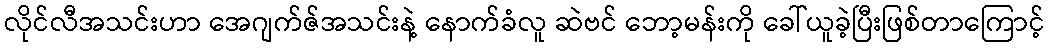
လိုင်လီအသင်းဟာ အေဂျက်ဇ်အသင်းနဲ့ နောက်ခံလူ ဆဲဗင် ဘော့မန်းကို ခေါ်ယူခဲ့ပြီးဖြစ်တာကြောင့်